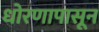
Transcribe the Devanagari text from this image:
धोरणापासून